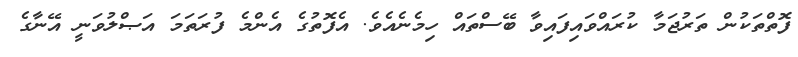
ފޮތްތަކުން ތަރުޖަމާ ކުރައްވައިފައިވާ ބޭސްތައް ހިމެނެއެވެ. އެފޮތުގެ އެންމެ ފުރަތަމަ އަޞްލުވަނީ އޭނާގެ